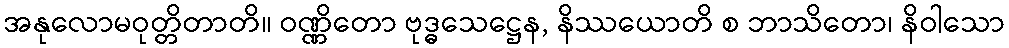
အနုလောမဝုတ္တိတာတိ။ ဝဏ္ဏိတော ဗုဒ္ဓသေဋ္ဌေန, နိဿယောတိ စ ဘာသိတော၊ နိဝါသော